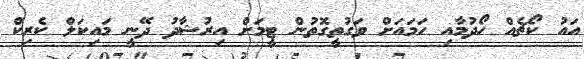
އައު ކޯޗެއް ހޯދުމާއި ހަމައަށް ވަގުތީގޮތުން ޓީމަށް އިރުޝާދު ދޭނީ މައިކަލް ކެރިކް